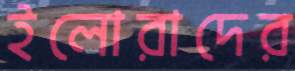
ইলোরাদের